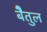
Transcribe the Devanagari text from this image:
बेैतुल